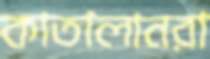
কাতালানরা